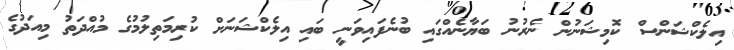
އިލެކްޝަންސް ކޮމިޝަނުން ނެރުނު ބަޔާނެއްގައި ބުނެފައިވަނީ ބައި އިލެކްޝަނަށް ކުރިމަތިލުމުގެ މުއްދަތު މިއަދުގެ